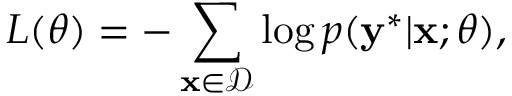
L ( \theta ) = - \sum _ { \mathbf { x } \in \mathcal { D } } \log p ( \mathbf { y } ^ { * } \vert \mathbf { x } ; \theta ) ,